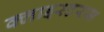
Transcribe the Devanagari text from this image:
क्लाइस्टरस